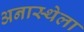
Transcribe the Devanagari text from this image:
अनास्थेला